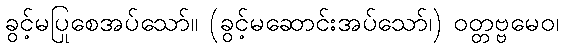
ခွင့်မပြုစေအပ်သော်။ (ခွင့်မဆောင်းအပ်သော်၊) ဝတ္တဗ္ဗမေဝ၊